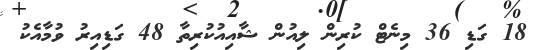
18 ގަޑި 36 މިނެޓް ކުރިން ލިއުން ޝާއިއުކުރިތާ 48 ގަޑިއިރު ވުމާއެކު